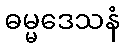
ဓမ္မဒေသနံ